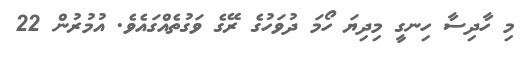
މި ހާދިސާ ހިނގީ މިދިޔަ ހޯމަ ދުވަހުގެ ރޭގެ ވަގުތެއްގައެވެ. އުމުރުން 22